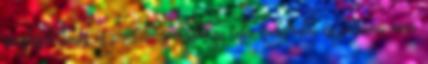
megtiszteltetés és presztízs, úgyhogy oda bekerülni és játszani nem